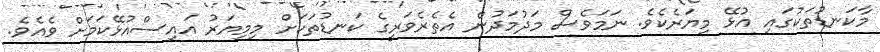
މާކަނޑުތަކުގައި އުޅޭ މިޔަރެކެވެ. ނަމަވެސް މަދުމަދުން އެތެރެވަރީގެ ކަނޑުތަކަށް މިމިޔަރު އައިސްއުޅޭކަމަށް ވެއެވެ.